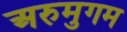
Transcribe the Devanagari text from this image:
अरुमुगम